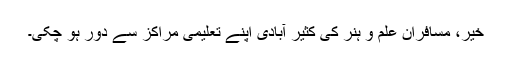
خیر، مسافرانِ علم و ہنر کی کثیر آبادی اپنے تعلیمی مراکز سے دور ہو چکی۔